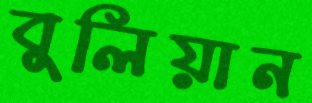
বুলিয়ান